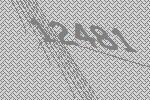
12481